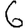
Digit: 6